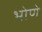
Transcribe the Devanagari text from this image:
भोणे